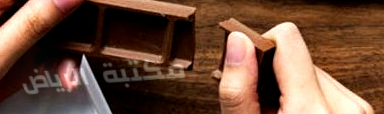
مكتبة الرياض